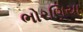
ભોરણિયા